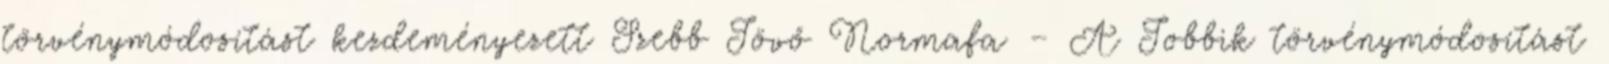
törvénymódosítást kezdeményezett Szebb Jövő Normafa – A Jobbik törvénymódosítást